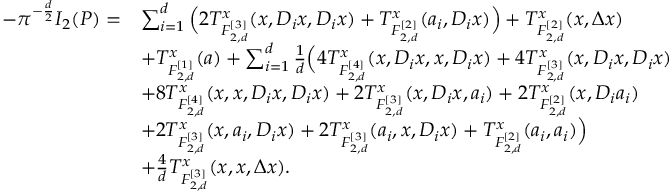
\begin{array} { r l } { - \pi ^ { - \frac { d } { 2 } } I _ { 2 } ( P ) = } & { \sum _ { i = 1 } ^ { d } \Big ( 2 T _ { F _ { 2 , d } ^ { [ 3 ] } } ^ { x } ( x , D _ { i } x , D _ { i } x ) + T _ { F _ { 2 , d } ^ { [ 2 ] } } ^ { x } ( a _ { i } , D _ { i } x ) \Big ) + T _ { F _ { 2 , d } ^ { [ 2 ] } } ^ { x } ( x , \Delta x ) } \\ & { + T _ { F _ { 2 , d } ^ { [ 1 ] } } ^ { x } ( a ) + \sum _ { i = 1 } ^ { d } \frac { 1 } { d } \Big ( 4 T _ { F _ { 2 , d } ^ { [ 4 ] } } ^ { x } ( x , D _ { i } x , x , D _ { i } x ) + 4 T _ { F _ { 2 , d } ^ { [ 3 ] } } ^ { x } ( x , D _ { i } x , D _ { i } x ) } \\ & { + 8 T _ { F _ { 2 , d } ^ { [ 4 ] } } ^ { x } ( x , x , D _ { i } x , D _ { i } x ) + 2 T _ { F _ { 2 , d } ^ { [ 3 ] } } ^ { x } ( x , D _ { i } x , a _ { i } ) + 2 T _ { F _ { 2 , d } ^ { [ 2 ] } } ^ { x } ( x , D _ { i } a _ { i } ) } \\ & { + 2 T _ { F _ { 2 , d } ^ { [ 3 ] } } ^ { x } ( x , a _ { i } , D _ { i } x ) + 2 T _ { F _ { 2 , d } ^ { [ 3 ] } } ^ { x } ( a _ { i } , x , D _ { i } x ) + T _ { F _ { 2 , d } ^ { [ 2 ] } } ^ { x } ( a _ { i } , a _ { i } ) \Big ) } \\ & { + \frac { 4 } { d } T _ { F _ { 2 , d } ^ { [ 3 ] } } ^ { x } ( x , x , \Delta x ) . } \end{array}